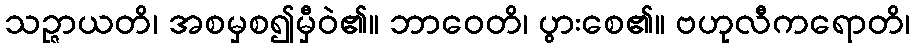
သဉ္ဇာယတိ၊ အစမှစ၍မှီဝဲ၏။ ဘာဝေတိ၊ ပွားစေ၏။ ဗဟုလီကရောတိ၊